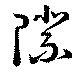
際